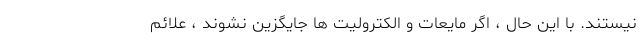
نیستند. با این حال ، اگر مایعات و الکترولیت ها جایگزین نشوند ، علائم